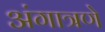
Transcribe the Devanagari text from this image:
अंगात्रणे